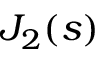
J _ { 2 } ( s )